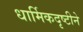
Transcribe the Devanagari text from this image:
धार्मिकदृष्टीने